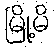
မြို့မိ